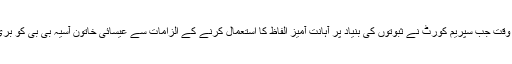
وہ بھی اس وقت جب سپریم کورٹ نے ثبوتوں کی بنیاد پر آہانت آمیز الفاظ کا استعمال کرنے کے الزامات سے عیسائی خاتون آسیہ بی بی کو بری کردیاہے۔